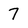
Character: 7